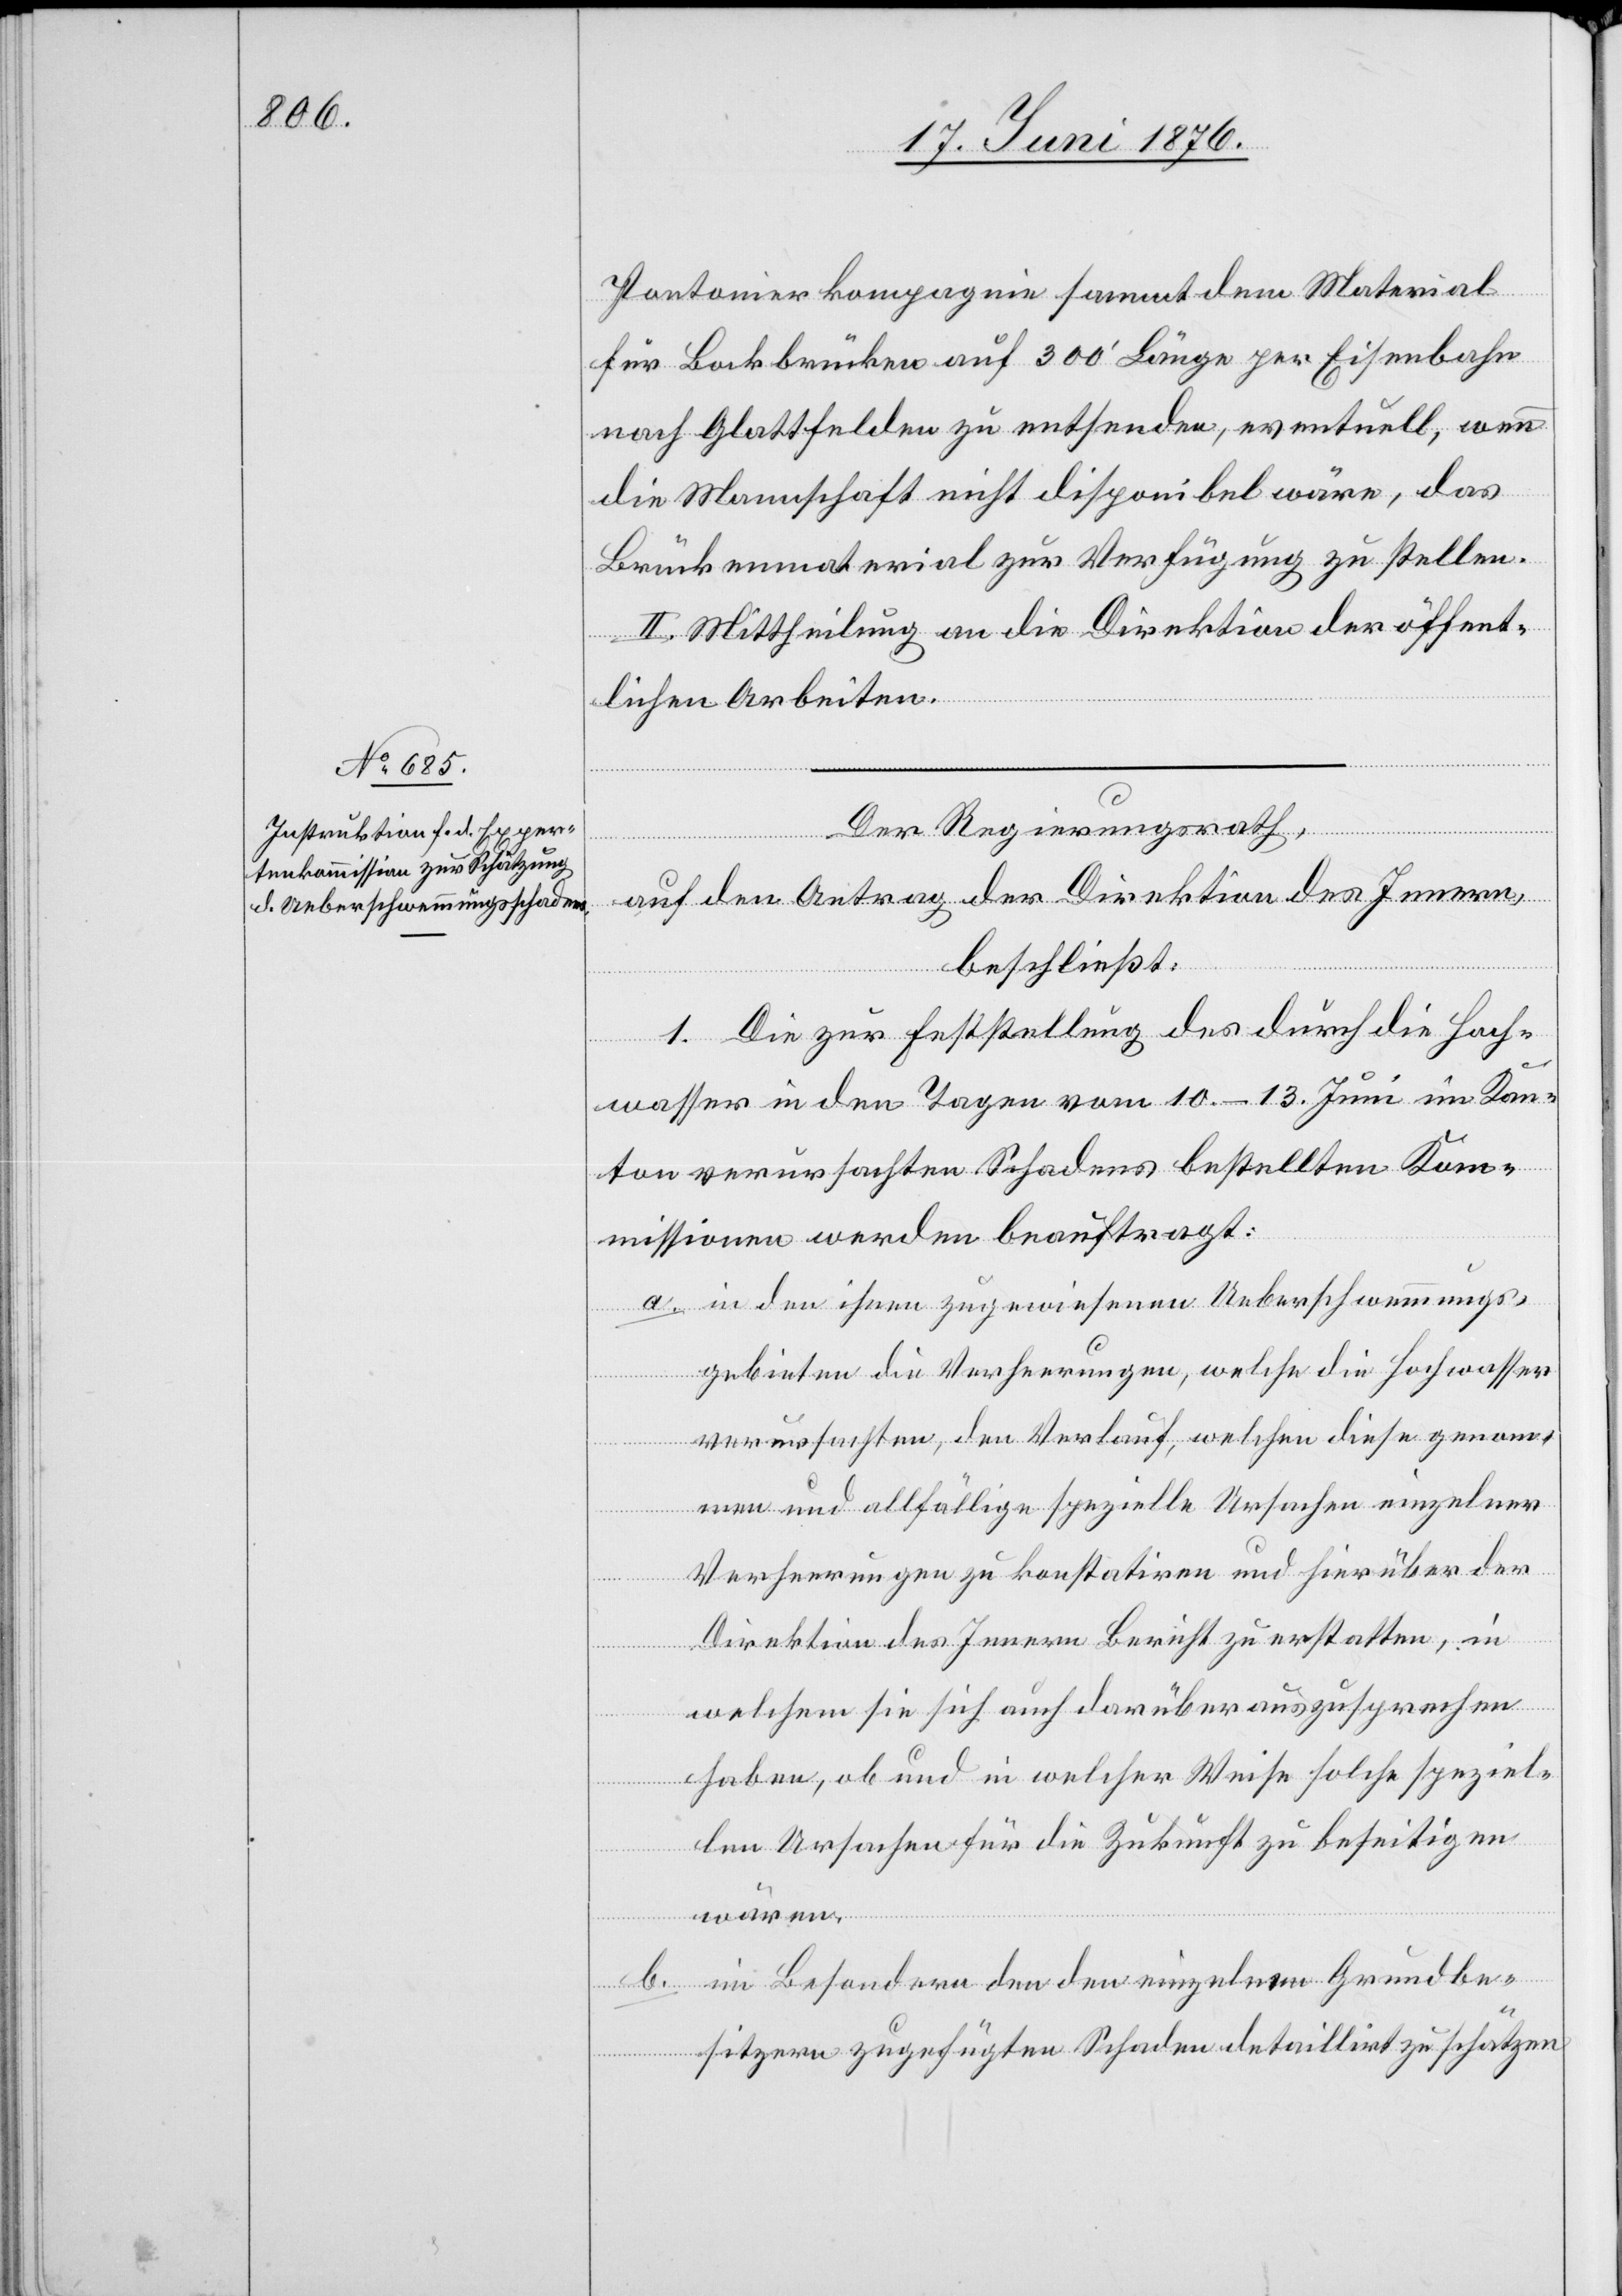
Pontonierkompagnie sammt dem Material
für Bockbrücken auf 300’ Länge per Eisenbahn¬
nach Glattfelden zu entsenden, eventuell, wenn
die Mannschaft nicht disponibel wäre, das
Brückenmaterial zur Verfügung zu stellen.
II. Mittheilung an die Direktion der öffent¬
lichen Arbeiten.
Der Regierungsrath,
auf den Antrag der Direktion des Innern,
beschließt:
1. Die zur Feststellung des durch die Hoch¬
wären.
wasser in den Tagen vom 10.-13. Juni im Kan¬
ton verursachten Schadens bestellten Kom¬
missionen werden beauftragt:
a. in den ihnen zugewiesenen Ueberschwemmungs¬
gebieten die Verheerungen, welche die Hochwasser
verursachten, den Verlauf, welchen diese genom¬
men und allfällige speziell Ursachen einzelner
Verheerungen zu konstatiren und hierüber der
Direktion des Innern Bericht zu erstatten, in
welchem sie sich auch darüber auszusprechen
haben, ob und in welcher Weise solche speziel¬
len Ursachen für die Zukunft zu beseitigen
b. im Besondern den den einzelnen Grundbe¬
sitzern zugefügten Schaden detaillirt zu schätzen